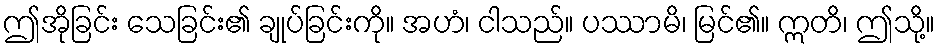
ဤအိုခြင်း သေခြင်း၏ ချုပ်ခြင်းကို။ အဟံ၊ ငါသည်။ ပဿာမိ၊ မြင်၏။ ဣတိ၊ ဤသို့။